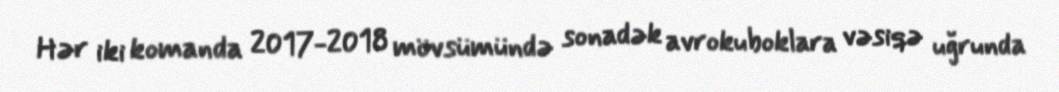
Hər iki komanda 2017-2018 mövsümündə sonadək avrokuboklara vəsiqə uğrunda